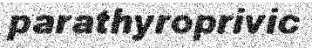
parathyroprivic